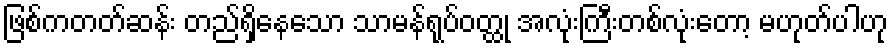
ဖြစ်ကတတ်ဆန်း တည်ရှိနေသော သာမန်ရုပ်ဝတ္ထု အလုံးကြီးတစ်လုံးတော့ မဟုတ်ပါဟု